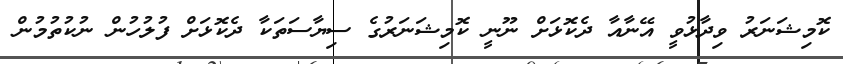
ކޮމިޝަނަރު ވިދާޅުވީ އޭނާއާ ދެކޮޅަށް ނޫނީ ކޮމިޝަނަރުގެ ސިޔާސަތަކާ ދެކޮޅަށް ފުލުހުން ނުކުތުމުން